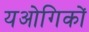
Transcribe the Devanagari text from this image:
यओगिकों